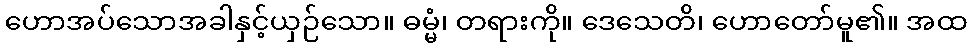
ဟောအပ်သောအခါနှင့်ယှဉ်သော။ ဓမ္မံ၊ တရားကို။ ဒေသေတိ၊ ဟောတော်မူ၏။ အထ